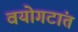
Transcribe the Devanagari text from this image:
वयोगटांत